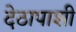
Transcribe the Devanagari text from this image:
देठापाशी